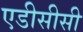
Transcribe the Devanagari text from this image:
एडीसीसी